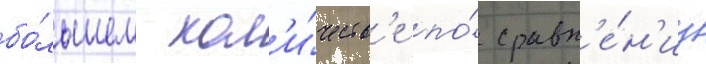
бо́льшем кол'и́честв'е по́ сравн'е́н'иу